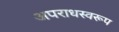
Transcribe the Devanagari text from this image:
अपराधस्वरूप